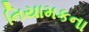
નિયામકના